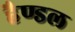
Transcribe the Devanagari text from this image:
हैण्डल